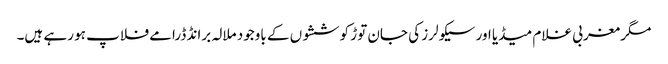
مگر مغربی غلام میڈیا اور سیکولرز کی جان توڑ کوششوں کے باوجود ملالہ برانڈ ڈرامے فلاپ ہو رہے ہیں۔